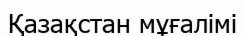
Қазақстан мұғалімі